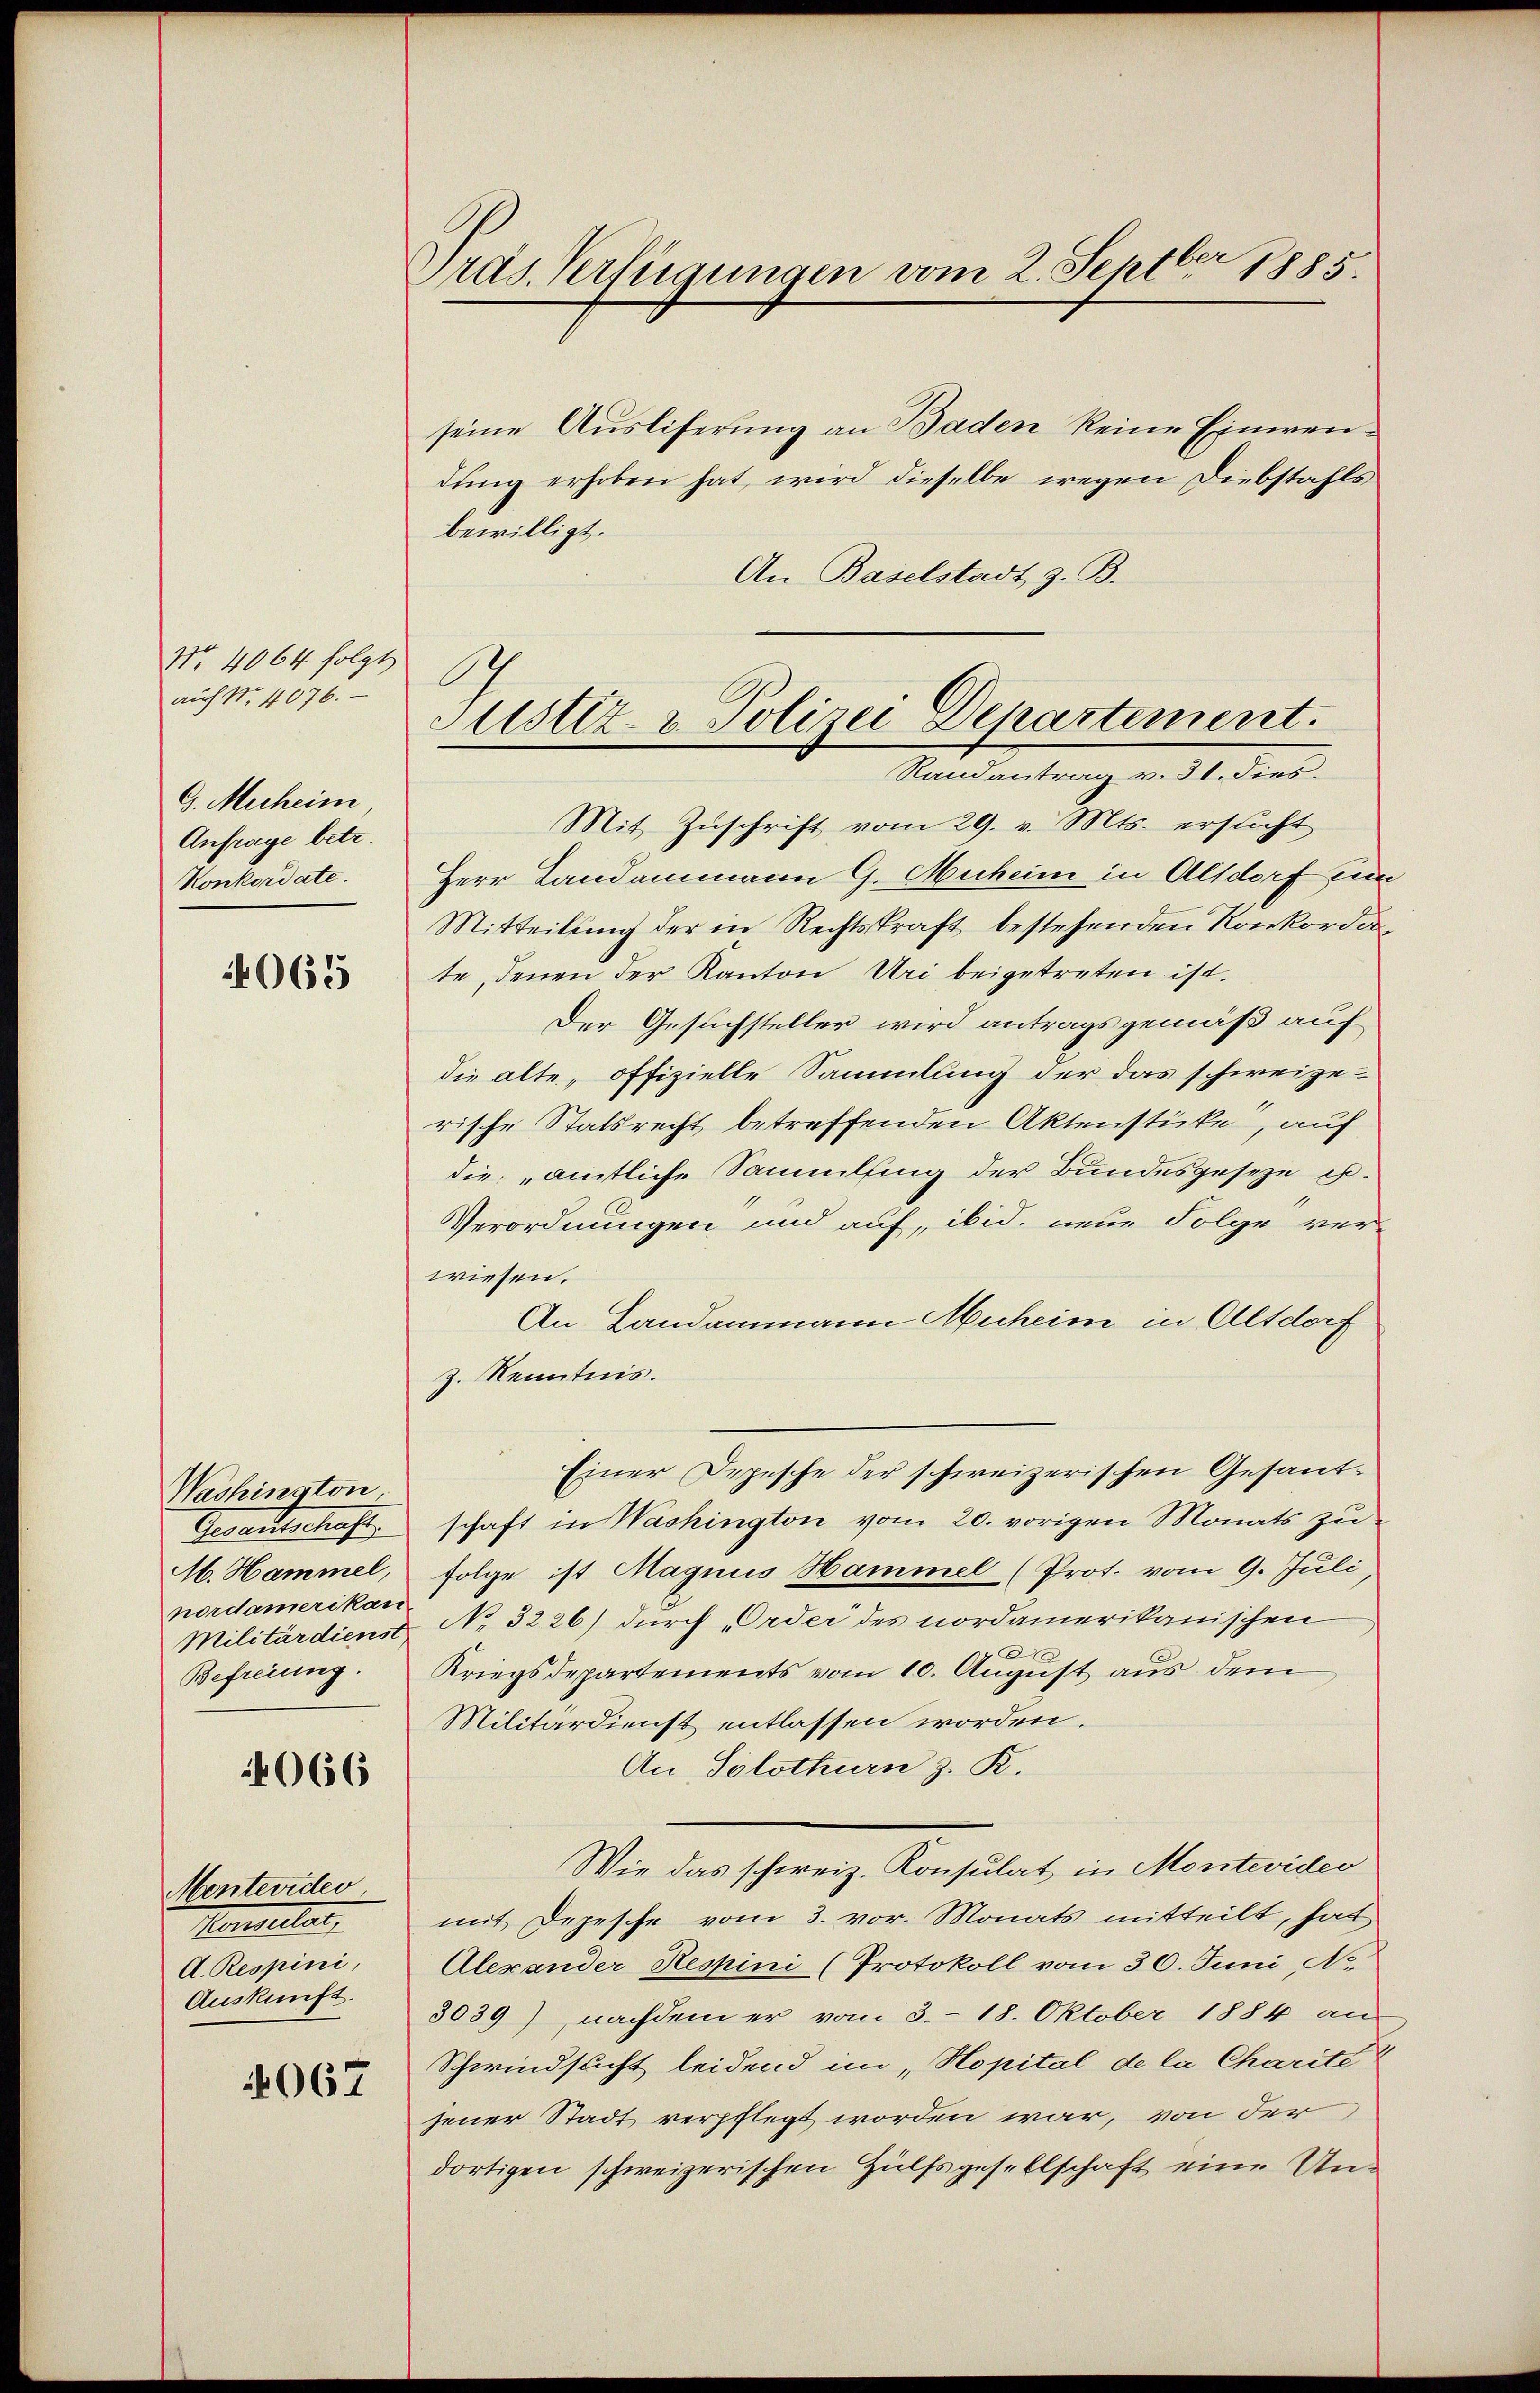
No. 4064 folgt
auf Nr. 4076.
G. Muheim,
Anfrage betr.
Konkordate.

4065

Washington
Gesandtschaft,
M. Hammel,
nordamerikan
Militärdienst
Befreiung.

066

Montevider
Hasellar,
A. Respini,
Auskunft.

4067

Dras Verfügungen vom 2. Septbr 1885.

seine Ausliferung an Baden keine Einwendung erhoben hat, wird dieselbe wegen Diebstahls
bewilligt.
An Baselstadt z. B.
Mit Zuschrift vom 29. v. Mts. ersucht
Herr Landammann G. Muheim in Alsdorf zum
Mitteilung der in Rechtskraft bestehenden Konkordate, denen der Kanton Uri beigetreten ist.
Der Gesuchsteller wird antragsgemäß auf
die alte, offizielle Sammlung der das schweizerische Statsrecht betreffenden Aktenstücke, auf
die amtliche Sammlung der Bundesgeseze ist.
Verordnungen und auf, ibid. neue Folge verwiesen.
An Landammann Muheim in Altdorf
Z. Kenntnis.
Einer Depesche der schweizerischen Gesandschaft in Washington vom 20. vorigen Monats zu
folge ist Magnus Hammel (Prot. vom 9. Juli
No 3226) durch „Order des nordamerikanischen
2
Kriegsdepartements vom 10. August aus dem
Militärdienst entlassen worden.
An Solothurn z. R.
Wie das schweiz. Konsulat in Montevideo
mit Depesche vom 3. vor. Monats mitteilt, hat
Alexander Respini (Protokoll vom 30. Juni, No.
3039) nachdem er vom 3. 18. Oktober 1884 an
Schwindsucht leidend im „Hopital de la Charité
jener Stadt verpflegt worden war, von der
dortigen schweizerischen Hülfsgesellschaft eine Un¬

A
Justiz- & Polizei Departement.
Randantrag v. 31. dies